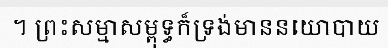
។ ព្រះសម្មាសម្ពុទ្ធក៏ទ្រង់មាននយោបាយ